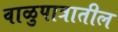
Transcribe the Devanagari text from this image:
वाळुपात्रातील